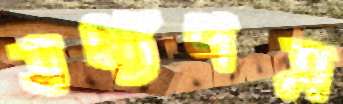
তথ্যপত্র